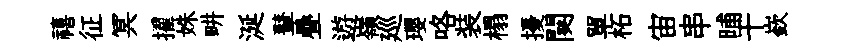
禧征冥擢姝畊涎鼙疊遊嶺廵瓔咯装榻擾闋單柘宙串晡干嶔